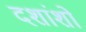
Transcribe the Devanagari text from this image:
दशांशों